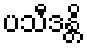
ပသီဒန္တိ